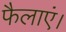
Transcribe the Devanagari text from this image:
फैलाएं।